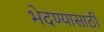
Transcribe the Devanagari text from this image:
भेदण्यासाठी